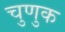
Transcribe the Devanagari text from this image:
चुणुक